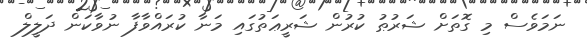
ނަމަވެސް މި ގޮތަށް ޝަރުޠު ކުރުން ޝަރީޢަތުގައި މަނާ ކުރައްވާފާ ނުވާކަން ދަލީލް